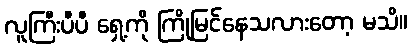
လူကြီးပီပီ ရှေ့ကို ကြိုမြင်နေသလားတော့ မသိ။